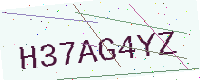
Text: H37AG4YZ